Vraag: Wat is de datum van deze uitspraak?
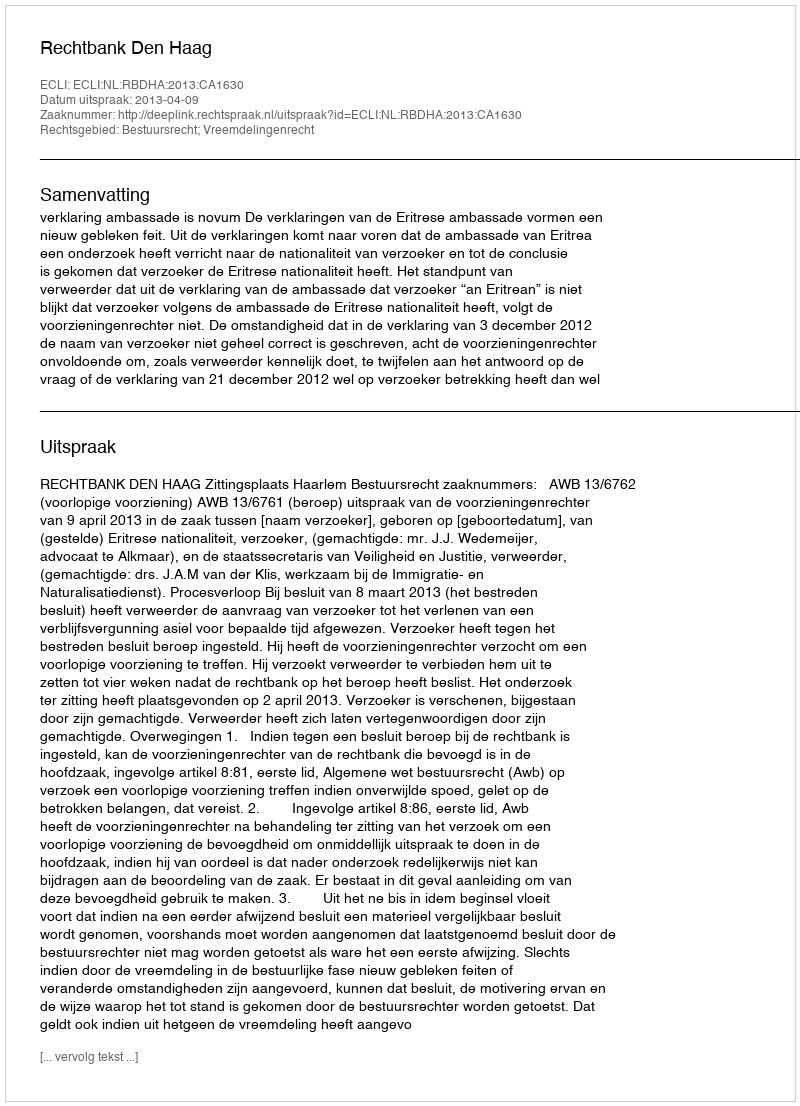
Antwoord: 2013-04-09